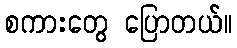
စကားတွေ ပြောတယ်။